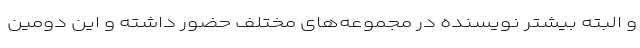
و البته بیشتر نویسنده در مجموعه‌های مختلف حضور داشته و این دومین